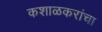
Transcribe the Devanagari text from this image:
कशाळकरांचा